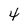
Character: 4